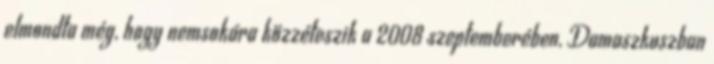
elmondta még, hogy nemsokára közzéteszik a 2008 szeptemberében, Damaszkuszban